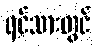
ရင်သားတွင်